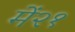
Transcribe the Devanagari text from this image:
में२१